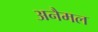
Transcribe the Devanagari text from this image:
अनैमल